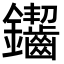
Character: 䥹